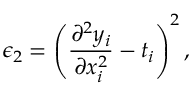
\epsilon _ { 2 } = \left( \frac { \partial ^ { 2 } y _ { i } } { \partial x _ { i } ^ { 2 } } - t _ { i } \right) ^ { 2 } ,